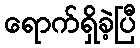
ရောက်ရှိခဲ့ပြီ